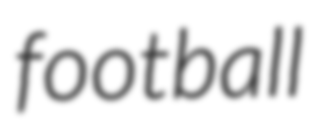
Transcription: football